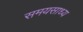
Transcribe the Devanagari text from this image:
समयसाध्य